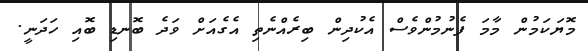
މޮޔަކަމުން މާމަ ފެނުމުންވެސް އެކުދިން ބިރެއްނެތި އެގެއަށް ވަދެ ބޮނޑި ބޮއި ހަދަނީ.